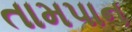
તામપાન